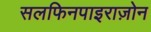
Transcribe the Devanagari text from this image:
सलफिनपाइराज़ोन